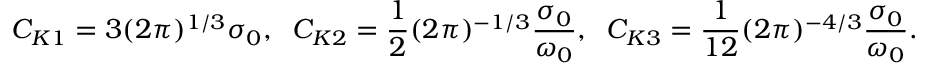
C _ { K 1 } = 3 ( 2 \pi ) ^ { 1 / 3 } \sigma _ { 0 } , \; \; C _ { K 2 } = \frac { 1 } { 2 } ( 2 \pi ) ^ { - 1 / 3 } \frac { \sigma _ { 0 } } { \omega _ { 0 } } , \; \; C _ { K 3 } = \frac { 1 } { 1 2 } ( 2 \pi ) ^ { - 4 / 3 } \frac { \sigma _ { 0 } } { \omega _ { 0 } } .